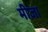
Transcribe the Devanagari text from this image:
मीज़ा